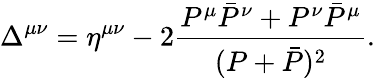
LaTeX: \Delta^{\mu\nu}=\eta^{\mu\nu}-2\frac{P^{\mu}\bar{P}^{\nu}+P^{\nu}\bar{P}^{\mu}}{(P+\bar{P})^{2}}.